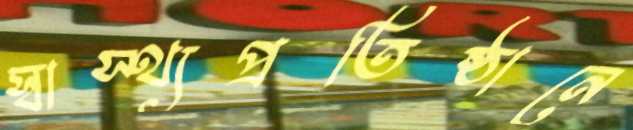
স্বাস্থ্যপ্রতিষ্ঠানে